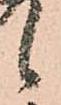
候